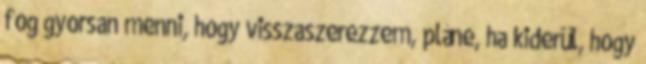
fog gyorsan menni, hogy visszaszerezzem, pláne, ha kiderül, hogy